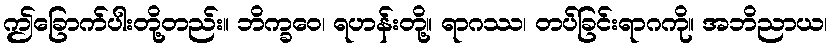
ဤခြောက်ပါးတို့တည်း။ ဘိက္ခဝေ၊ ရဟန်းတို့။ ရာဂဿ၊ တပ်ခြင်းရာဂကို။ အဘိညာယ၊